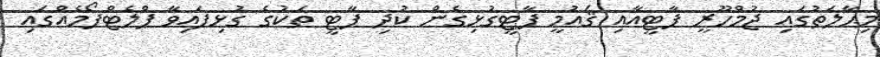
މިޙާލަތުގައި ޖުމްހޫރީ ޕާޓީއާއި ޤައުމީ ޕާޓީގުޅިގެން ކުދި ޕާޓީ ތަކުގެ ގުޅިފައިވާ ޕްލެޓްފޯމެއްގައި